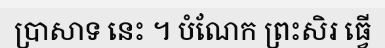
ប្រាសាទ នេះ ។ បំណែក ព្រះសិរ ធ្វើ